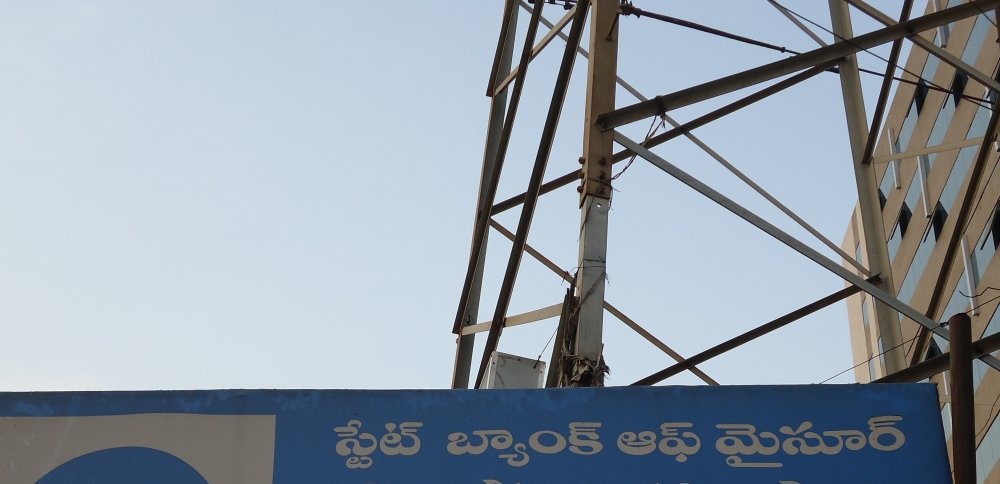
Language: telugu
Transcription: స్టేట్ బ్యాంక్ మైసూర్